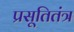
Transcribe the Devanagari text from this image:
प्रसूतितंत्र